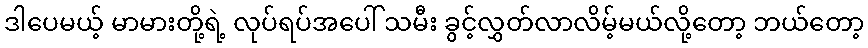
ဒါပေမယ့် မာမားတို့ရဲ့ လုပ်ရပ်အပေါ် သမီး ခွင့်လွှတ်လာလိမ့်မယ်လို့တော့ ဘယ်တော့